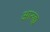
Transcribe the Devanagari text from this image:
आरुह्य